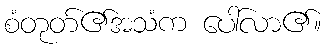
စံတုတ်၏အသံက ပေါ်လာ၏။